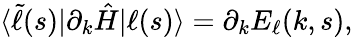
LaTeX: \langle\widetilde{\ell}(s)|\partial_{k}\hat{H}|\ell(s)\rangle=\partial_{k}E_{\ell}(k,s),